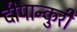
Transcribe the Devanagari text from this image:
दीपान्कुरी